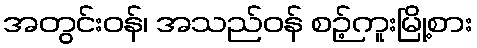
အတွင်းဝန်၊ အသည်ဝန် စဉ့်ကူးမြို့စား